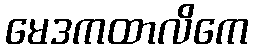
မေဒကထာလိကေ